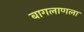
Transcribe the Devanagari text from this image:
बागलाणला